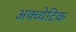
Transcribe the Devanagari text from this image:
अक्व्येटिक